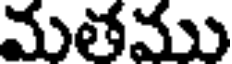
మతము